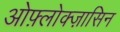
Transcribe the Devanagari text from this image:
ओफ़्लोक्ज़ासिन